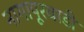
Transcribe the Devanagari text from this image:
नागापूरवाडी